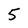
Character: 5